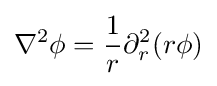
\nabla ^{2}\phi ={\frac {1}{r}}\partial _{r}^{2}(r\phi )